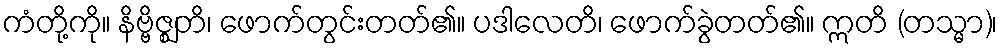
ကံတို့ကို။ နိဗ္ဗိဇ္ဈတိ၊ ဖောက်တွင်းတတ်၏။ ပဒါလေတိ၊ ဖောက်ခွဲတတ်၏။ ဣတိ (တသ္မာ)၊